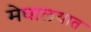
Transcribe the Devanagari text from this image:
मेघालयात